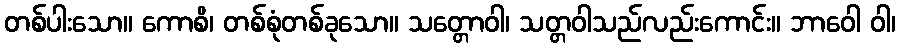
တစ်ပါးသော။ ကောစိ၊ တစ်စုံတစ်ခုသော။ သတ္တောဝါ၊ သတ္တဝါသည်လည်းကောင်း။ ဘာဝေါ ဝါ၊